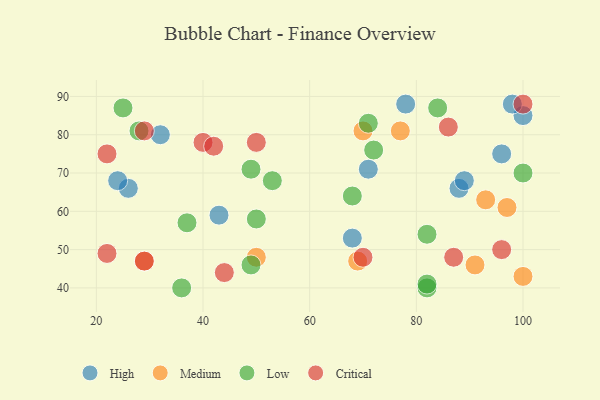
{"axis": {"x": "GDP", "y": "Life Expectancy"}, "legend": ["Critical", "High", "Low", "Medium"], "data": [{"x": "96", "y": 75, "type": "High"}, {"x": "26", "y": 66, "type": "High"}, {"x": "68", "y": 53, "type": "High"}, {"x": "32", "y": 80, "type": "High"}, {"x": "78", "y": 88, "type": "High"}, {"x": "43", "y": 59, "type": "High"}, {"x": "100", "y": 85, "type": "High"}, {"x": "98", "y": 88, "type": "High"}, {"x": "71", "y": 71, "type": "High"}, {"x": "88", "y": 66, "type": "High"}, {"x": "89", "y": 68, "type": "High"}, {"x": "24", "y": 68, "type": "High"}, {"x": "97", "y": 61, "type": "Medium"}, {"x": "91", "y": 46, "type": "Medium"}, {"x": "50", "y": 48, "type": "Medium"}, {"x": "70", "y": 81, "type": "Medium"}, {"x": "69", "y": 47, "type": "Medium"}, {"x": "29", "y": 47, "type": "Medium"}, {"x": "93", "y": 63, "type": "Medium"}, {"x": "100", "y": 43, "type": "Medium"}, {"x": "77", "y": 81, "type": "Medium"}, {"x": "68", "y": 64, "type": "Low"}, {"x": "82", "y": 54, "type": "Low"}, {"x": "53", "y": 68, "type": "Low"}, {"x": "72", "y": 76, "type": "Low"}, {"x": "49", "y": 71, "type": "Low"}, {"x": "84", "y": 87, "type": "Low"}, {"x": "100", "y": 70, "type": "Low"}, {"x": "37", "y": 57, "type": "Low"}, {"x": "28", "y": 81, "type": "Low"}, {"x": "71", "y": 83, "type": "Low"}, {"x": "50", "y": 58, "type": "Low"}, {"x": "36", "y": 40, "type": "Low"}, {"x": "25", "y": 87, "type": "Low"}, {"x": "82", "y": 40, "type": "Low"}, {"x": "49", "y": 46, "type": "Low"}, {"x": "82", "y": 41, "type": "Low"}, {"x": "44", "y": 44, "type": "Critical"}, {"x": "40", "y": 78, "type": "Critical"}, {"x": "87", "y": 48, "type": "Critical"}, {"x": "100", "y": 88, "type": "Critical"}, {"x": "29", "y": 81, "type": "Critical"}, {"x": "22", "y": 75, "type": "Critical"}, {"x": "22", "y": 49, "type": "Critical"}, {"x": "50", "y": 78, "type": "Critical"}, {"x": "96", "y": 50, "type": "Critical"}, {"x": "86", "y": 82, "type": "Critical"}, {"x": "70", "y": 48, "type": "Critical"}, {"x": "29", "y": 47, "type": "Critical"}, {"x": "42", "y": 77, "type": "Critical"}]}